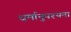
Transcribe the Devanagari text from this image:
धर्मानुपश्यना